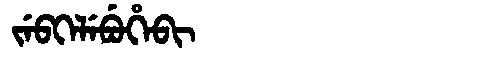
Manchu: ᠵᡝᠪᡴᡝᠯᡝᠪᡠᡥᡝᠪᡳ
Romanization: JEBKELEBUHEBI